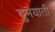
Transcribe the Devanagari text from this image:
दुमयाती